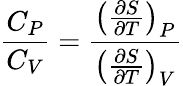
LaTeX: {\frac{C_{P}}{C_{V}}}={\frac{\left({\frac{\partial S}{\partial T}}\right)_{P}}{\left({\frac{\partial S}{\partial T}}\right)_{V}}}